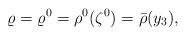
LaTeX: \begin{align*}\varrho=\varrho^0=\rho^0(\zeta^0)=\bar{\rho}(y_3),\end{align*}